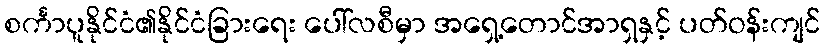
စင်္ကာပူနိုင်ငံ၏နိုင်ငံခြားရေး ပေါ်လစီမှာ အရှေ့တောင်အာရှနှင့် ပတ်ဝန်းကျင်